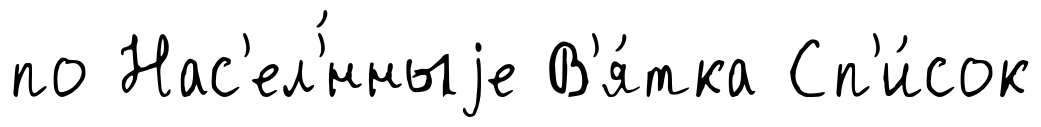
по Нас'ел'́нныjе В'я́тка Сп'и́сок